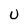
Character: U